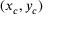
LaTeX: ( x _ { c } , y _ { c } )